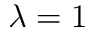
\lambda = 1